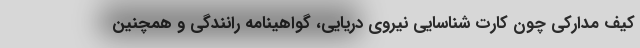
کیف مدارکی چون کارت شناسایی نیروی دریایی، گواهینامه رانندگی و همچنین